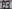
Text: A3